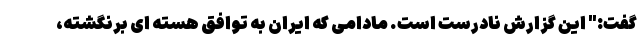
گفت:" این گزارش نادرست است. مادامی که ایران به توافق هسته ای برنگشته،